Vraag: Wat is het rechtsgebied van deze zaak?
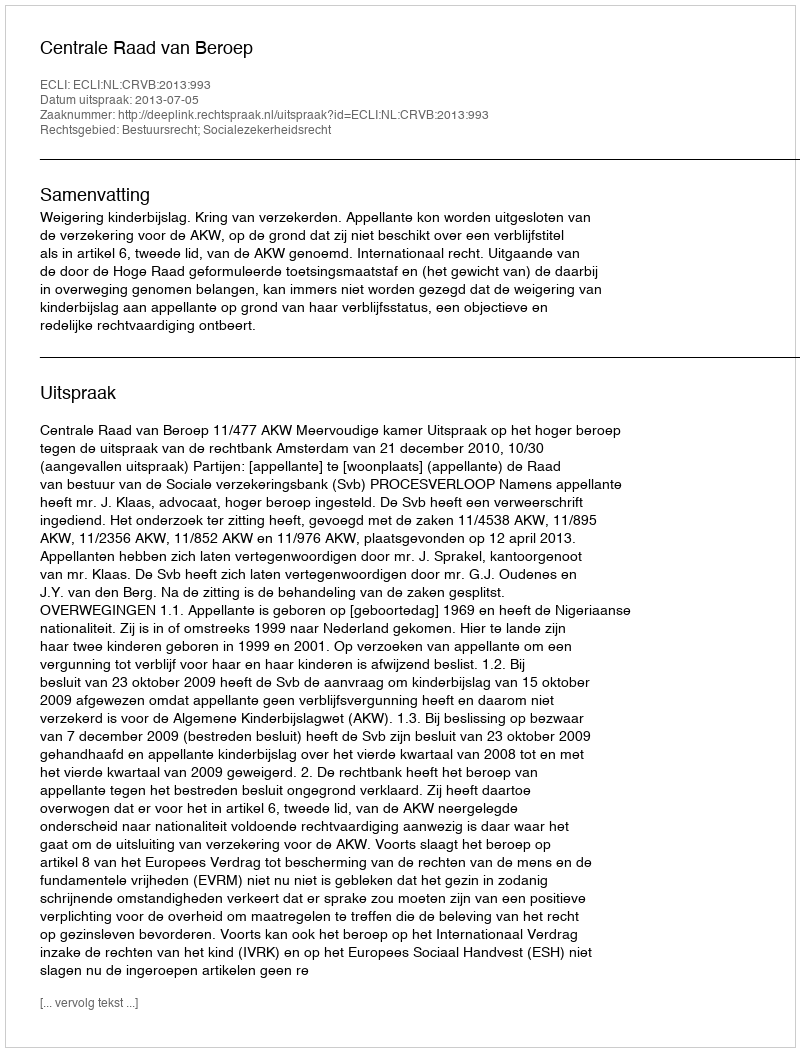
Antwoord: Bestuursrecht; Socialezekerheidsrecht